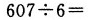
$$6 0 7 \div 6 =$$